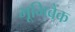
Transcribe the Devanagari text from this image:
भूमिबैंक